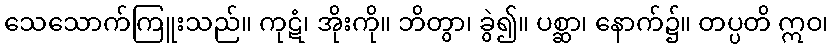
သေသောက်ကြူးသည်။ ကုဋံ၊ အိုးကို။ ဘိတွာ၊ ခွဲ၍။ ပစ္ဆာ၊ နောက်၌။ တပ္ပတိ ဣဝ၊